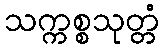
သက္ကစ္စသုတ္တံ